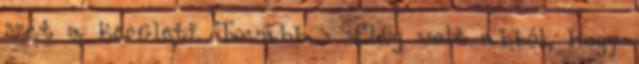
szét a kerületi. Tovább › ›Elég volt abból, hogy